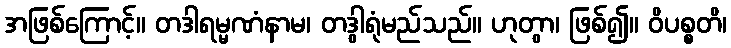
အဖြစ်ကြောင့်။ တဒါရမ္မဏံနာမ၊ တဒွါရုံမည်သည်။ ဟုတွာ၊ ဖြစ်၍။ ဝိပစ္စတိ၊